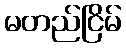
မတည်ငြိမ်